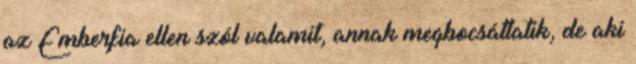
az Emberfia ellen szól valamit, annak megbocsáttatik, de aki